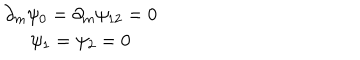
LaTeX: \begin{array} { c } { { \partial _ { m } \psi _ { 0 } = \partial _ { m } \psi _ { 1 2 } = 0 } } \\ { { \psi _ { 1 } = \psi _ { 2 } = 0 } } \\ \end{array}